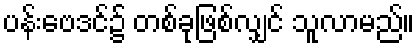
ပန်းဗေဒင်၌ တစ်ခုဖြစ်လျှင် သူလာမည်။